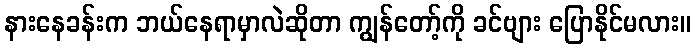
နားနေခန်းက ဘယ်နေရာမှာလဲဆိုတာ ကျွန်တော့်ကို ခင်ဗျား ပြောနိုင်မလား။